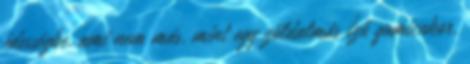
édességbe, ami nem más, mint egy zöldalmás ízű gumicukor,